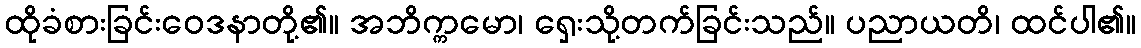
ထိုခံစားခြင်းဝေဒနာတို့၏။ အဘိက္ကမော၊ ရှေးသို့တက်ခြင်းသည်။ ပညာယတိ၊ ထင်ပါ၏။